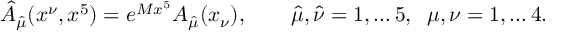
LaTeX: \hat { A } _ { \hat { \mu } } ( x ^ { \nu } , x ^ { 5 } ) = e ^ { M x ^ { 5 } } A _ { \hat { \mu } } ( x _ { \nu } ) , \qquad \hat { \mu } , \hat { \nu } = 1 , \dots 5 , \; \; \mu , \nu = 1 , \dots 4 .